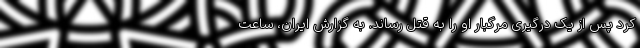
کرد پس از یک درگیری مرگبار او را به قتل رساند. به گزارش ایران، ساعت